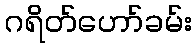
ဂရိတ်ဟော်ခမ်း